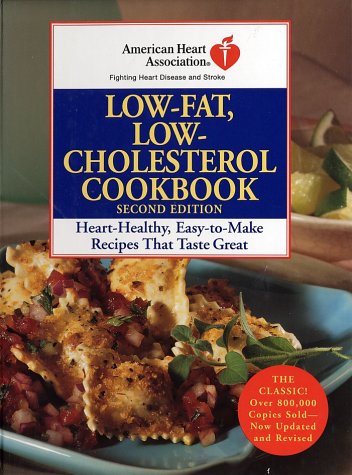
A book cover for American Heart Association Low-Fat, Low-Cholesterol Cookbook, Second Edition: Heart-Healthy, Easy-to-Make Recipes That Taste Great; American Heart Association; Cookbooks, Food & Wine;